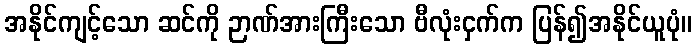
အနိုင်ကျင့်သော ဆင်ကို ဉာဏ်အားကြီးသော ဗီလုံးငှက်က ပြန်၍အနိုင်ယူပုံ။